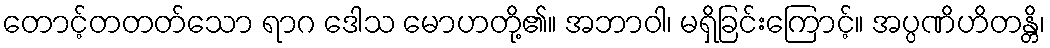
တောင့်တတတ်သော ရာဂ ဒေါသ မောဟတို့၏။ အဘာဝါ၊ မရှိခြင်းကြောင့်။ အပ္ပဏိဟိတန္တိ၊